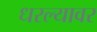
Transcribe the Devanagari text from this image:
धरल्यावर